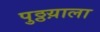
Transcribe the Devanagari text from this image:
पुठ्ठय़ाला